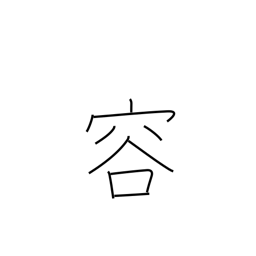
Meaning: looks